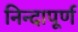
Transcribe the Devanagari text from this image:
निन्दापूर्ण